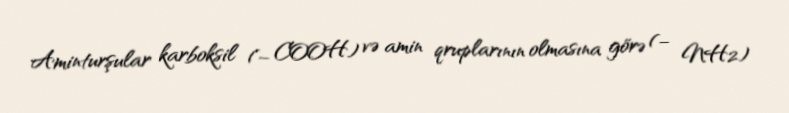
Aminturşular karboksil (– COOH) və amin qruplarının olmasına görə (– NH2)